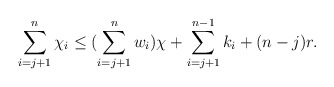
\begin{align*}\sum\limits_{i = j+1}^n \chi_i \leq (\sum\limits_{i= j+1}^n w_i) \chi + \sum\limits_{i = j+1}^{n-1}k_i + (n-j)r.\end{align*}